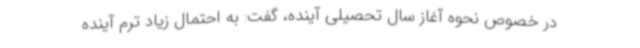
در خصوص نحوه آغاز سال تحصیلی آینده، گفت: به احتمال زیاد ترم آینده